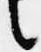
言